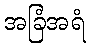
အခြံအရံ